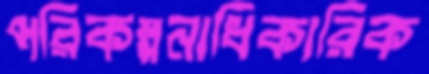
পরিকল্পনাধিকারিক